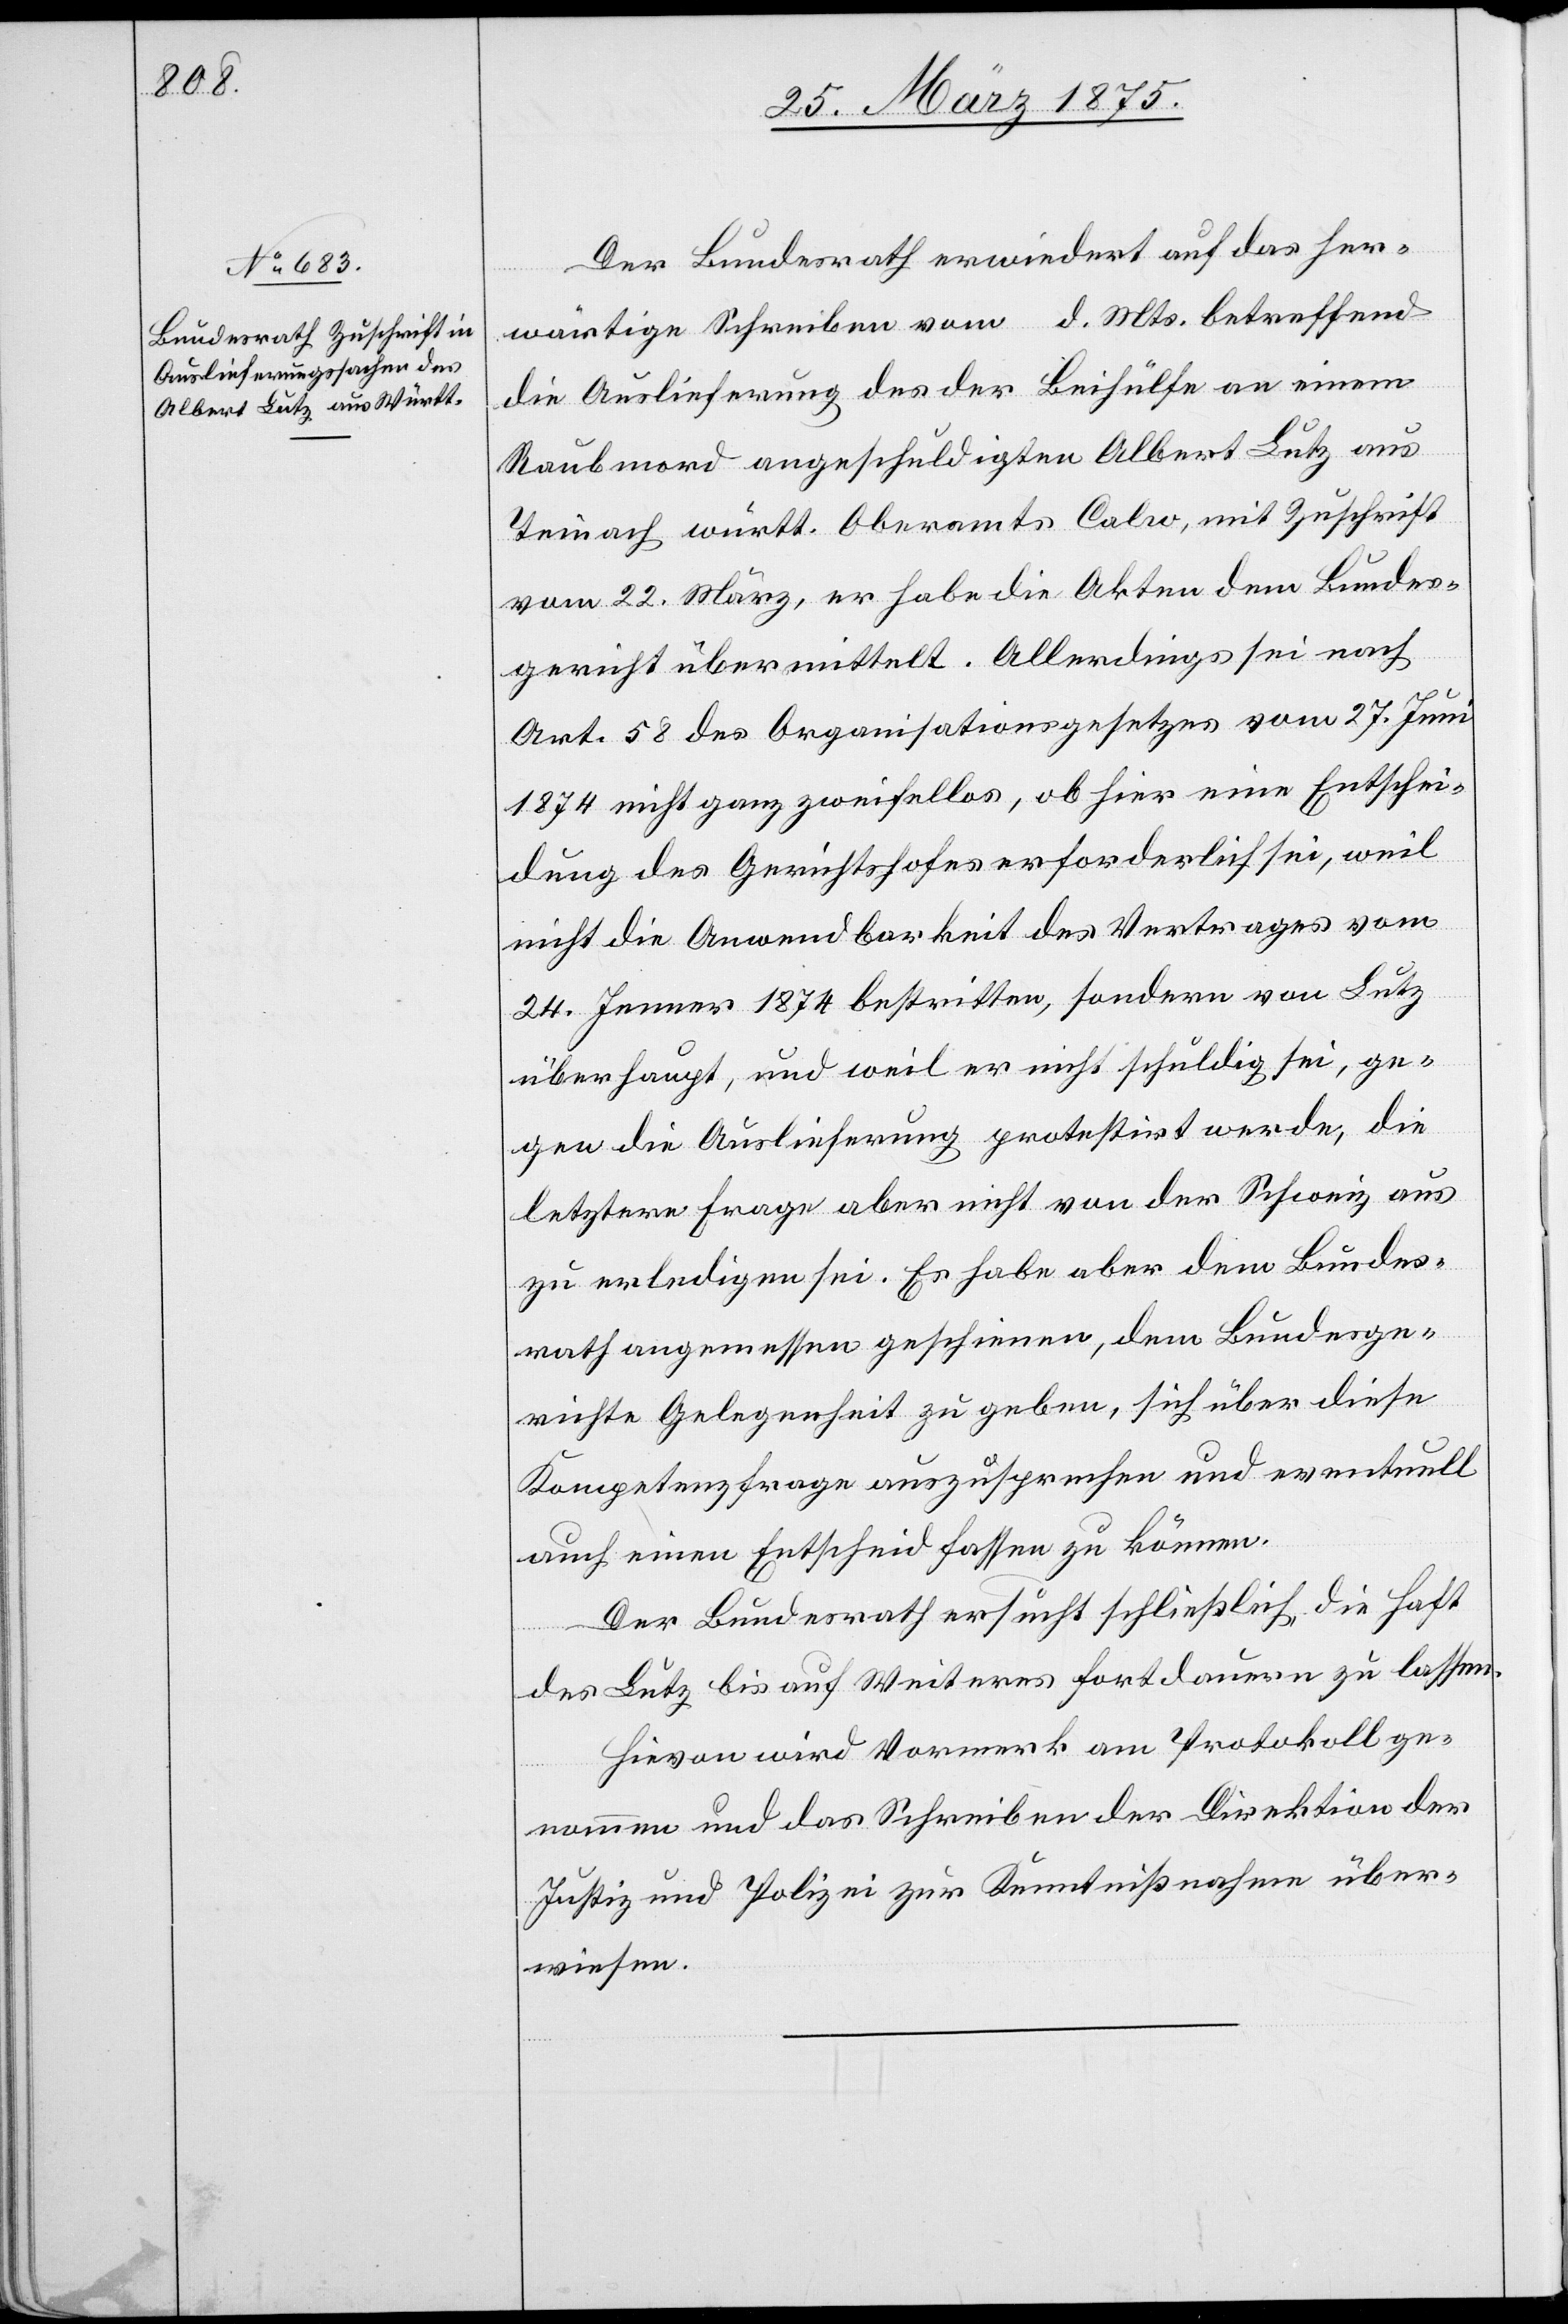
Der Bundesrath erwiedert auf das her¬
wärtige Schreiben vom … d. Mts betreffend
die Auslieferung des der Beihülfe an einem
Raubmord angeschuldigten Albert Lutz aus
Teinach württ. Oberamts Calw, mit Zuschrift
vom 22. März, er habe die Akten dem Bundes¬
gericht übermittelt. Allerdings sei nach
Art. 58 des Organisationsgesetzes vom 27. Juni
1874 nicht ganz zweifellos, ob hier eine Entschei¬
dung des Gerichtshofes erforderlich sei, weil
nicht die Anwendbarkeit des Vertrages vom
24. Jenner 1874 bestritten, sondern von Lutz
überhaupt, und weil er nicht schuldig sei, ge¬
gen die Auslieferung protestirt werde, die
letztere Frage aber nicht von der Schweiz aus
zu erledigen sei. Er habe aber dem Bundes¬
rath angemessen geschrieben, dem Bundesge¬
richte Gelegenheit zu geben, sich über diese
Kompetenzfrage auszusprechen und eventuell
auch einen Entscheid fassen zu können.
Der Bundesrath ersucht schließlich, die Haft
des Lutz bis auf Weiteres fortdauern zu lassen.
Hievon wird Vormerk am Protokoll ge¬
nommen und das Schreiben der Direktion der
Justiz und Polizei zur Kenntnißnahme über¬
wiesen.